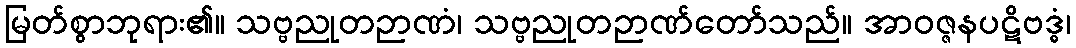
မြတ်စွာဘုရား၏။ သဗ္ဗညုတဉာဏံ၊ သဗ္ဗညုတဉာဏ်တော်သည်။ အာဝဇ္ဇနပဋိဗဒ္ဓံ၊